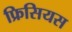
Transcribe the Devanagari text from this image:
फ्रिसियस